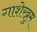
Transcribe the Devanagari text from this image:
गाशेरब्रुम